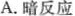
A.暗反应